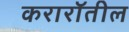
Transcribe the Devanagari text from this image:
करारॉतील